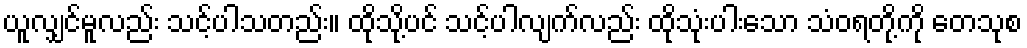
ယူလျှင်မူလည်း သင့်ပါသတည်း။ ထိုသို့ပင် သင့်ပါလျက်လည်း ထိုသုံးပါးသော သံဝရတို့ကို တေသုစ